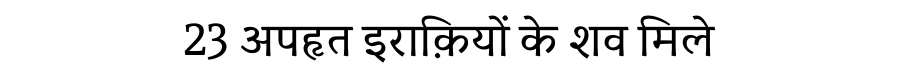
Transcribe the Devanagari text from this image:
23 अपहृत इराक़ियों के शव मिले